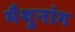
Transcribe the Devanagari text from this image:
मैथुनांग